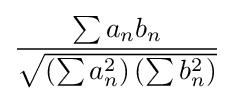
{\frac {\sum a_{n}b_{n}}{\sqrt {\left(\sum a_{n}^{2}\right)\left(\sum b_{n}^{2}\right)}}}